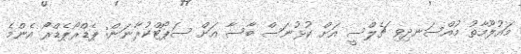
މައުލޫމާތު މުއްސަނދިވި ޗެލްސީ އަށް ކުޅުނަސް ބާސާ އަށް ސަޕޯޓްކުރާނަން: ޕެޑްރޯޕެޑްރޯ އެންމެ